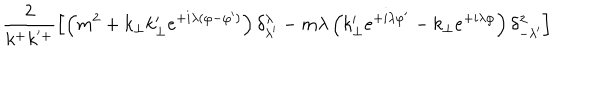
\hspace { - 1 c m } \frac { 2 } { k ^ { + } k ^ { ' + } } \left[ \left( m ^ { 2 } + k _ { \perp } k _ { \perp } ^ { \prime } e ^ { + i \lambda ( \varphi - \varphi ^ { \prime } ) } \right) \delta _ { \lambda ^ { \prime } } ^ { \lambda } - m \lambda \left( k _ { \perp } ^ { \prime } e ^ { + i \lambda \varphi ^ { \prime } } - k _ { \perp } e ^ { + i \lambda \varphi } \right) \delta _ { - \lambda ^ { \prime } } ^ { \lambda } \right]